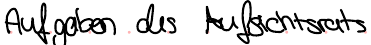
Aufgaben des Aufsichtsrat